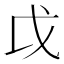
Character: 戉